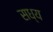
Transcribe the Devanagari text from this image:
सध्य